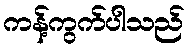
ကန့်ကွက်ပါသည်